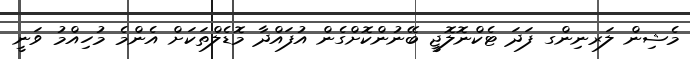
މެޝިން ލަރނިންގ ފަދަ ޓެކްނޮލޮޖީ ބޭނުންކޮށްގެން އުފައްދާ މޮޑެލްތަކަށް އެންމެ މުހިއްމު ވަނީ